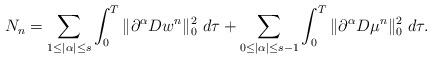
LaTeX: \begin{align*}N_{n}=\sum_{1\leq |\alpha|\leq s}\int_{0}^{T}\|\partial^{\alpha}Dw^{n}\|_{0}^{2}\ d\tau+\sum_{0\leq |\alpha|\leq s-1}\int_{0}^{T}\|\partial^{\alpha}D\mu^{n}\|_{0}^{2}\ d\tau.\end{align*}